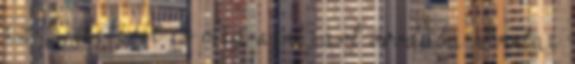
az 5. életévét és még nem járt óvodába Óvodai